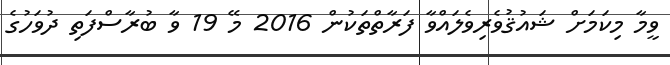
ވީމާ މިކަމަށް ޝައުޤުވެރިވެލައްވާ ފަރާތްތަކުން 2016 މޭ 19 ވާ ބުރާސްފަތި ދުވަހުގެ